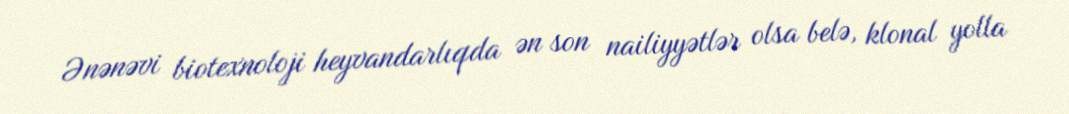
Ənənəvi biotexnoloji heyvandarlıqda ən son nailiyyətlər olsa belə, klonal yolla